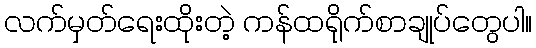
လက်မှတ်ရေးထိုးတဲ့ ကန်ထရိုက်စာချုပ်တွေပါ။